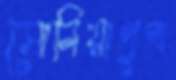
সোনিয়াপুত্র